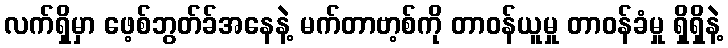
လက်ရှိမှာ ဖေ့စ်ဘွတ်ခ်အနေနဲ့ မက်တာဗာ့စ်ကို တာဝန်ယူမှု တာဝန်ခံမှု ရှိရှိနဲ့